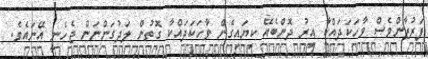
ފަރުޒާންވެސް ވާހަކަދައްކާ އިރު ދޮންބެއޭ ކިޔައިގެން ވާހަކަދައްކާ ގޮތުން ލަދުގަންނަން ޖެހެނީ އޭނައެވެ.